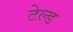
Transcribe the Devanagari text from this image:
टेल्ड